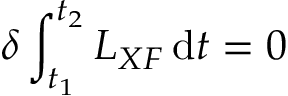
\delta \int _ { t _ { 1 } } ^ { t _ { 2 } } L _ { X F } \, \mathrm { d } t = 0